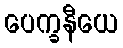
ပေက္ခနီယေ